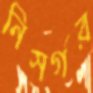
নিসর্গর